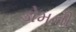
ડોમની